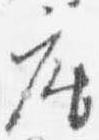
座